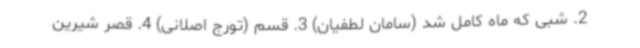
2. شبی که ماه کامل شد (سامان لطفیان) 3. قسم (تورج اصلانی) 4. قصر شیرین